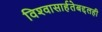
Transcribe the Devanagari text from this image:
विश्‍वासार्हतेबद्दलही